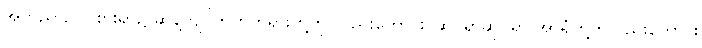
အဘိညာဉ်ဝင်စားရာ၌ ဆန့်ကျင်ဘက်တရားတို့ကို လည်းကောင်း၊ ဆိုင်ရာဆိုင်ရာ အာရုံတို့ကိုလည်းကောင်း